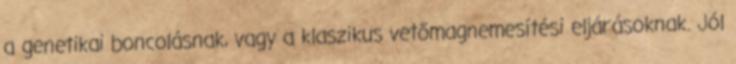
a genetikai boncolásnak, vagy a klaszikus vetőmagnemesítési eljárásoknak. Jól